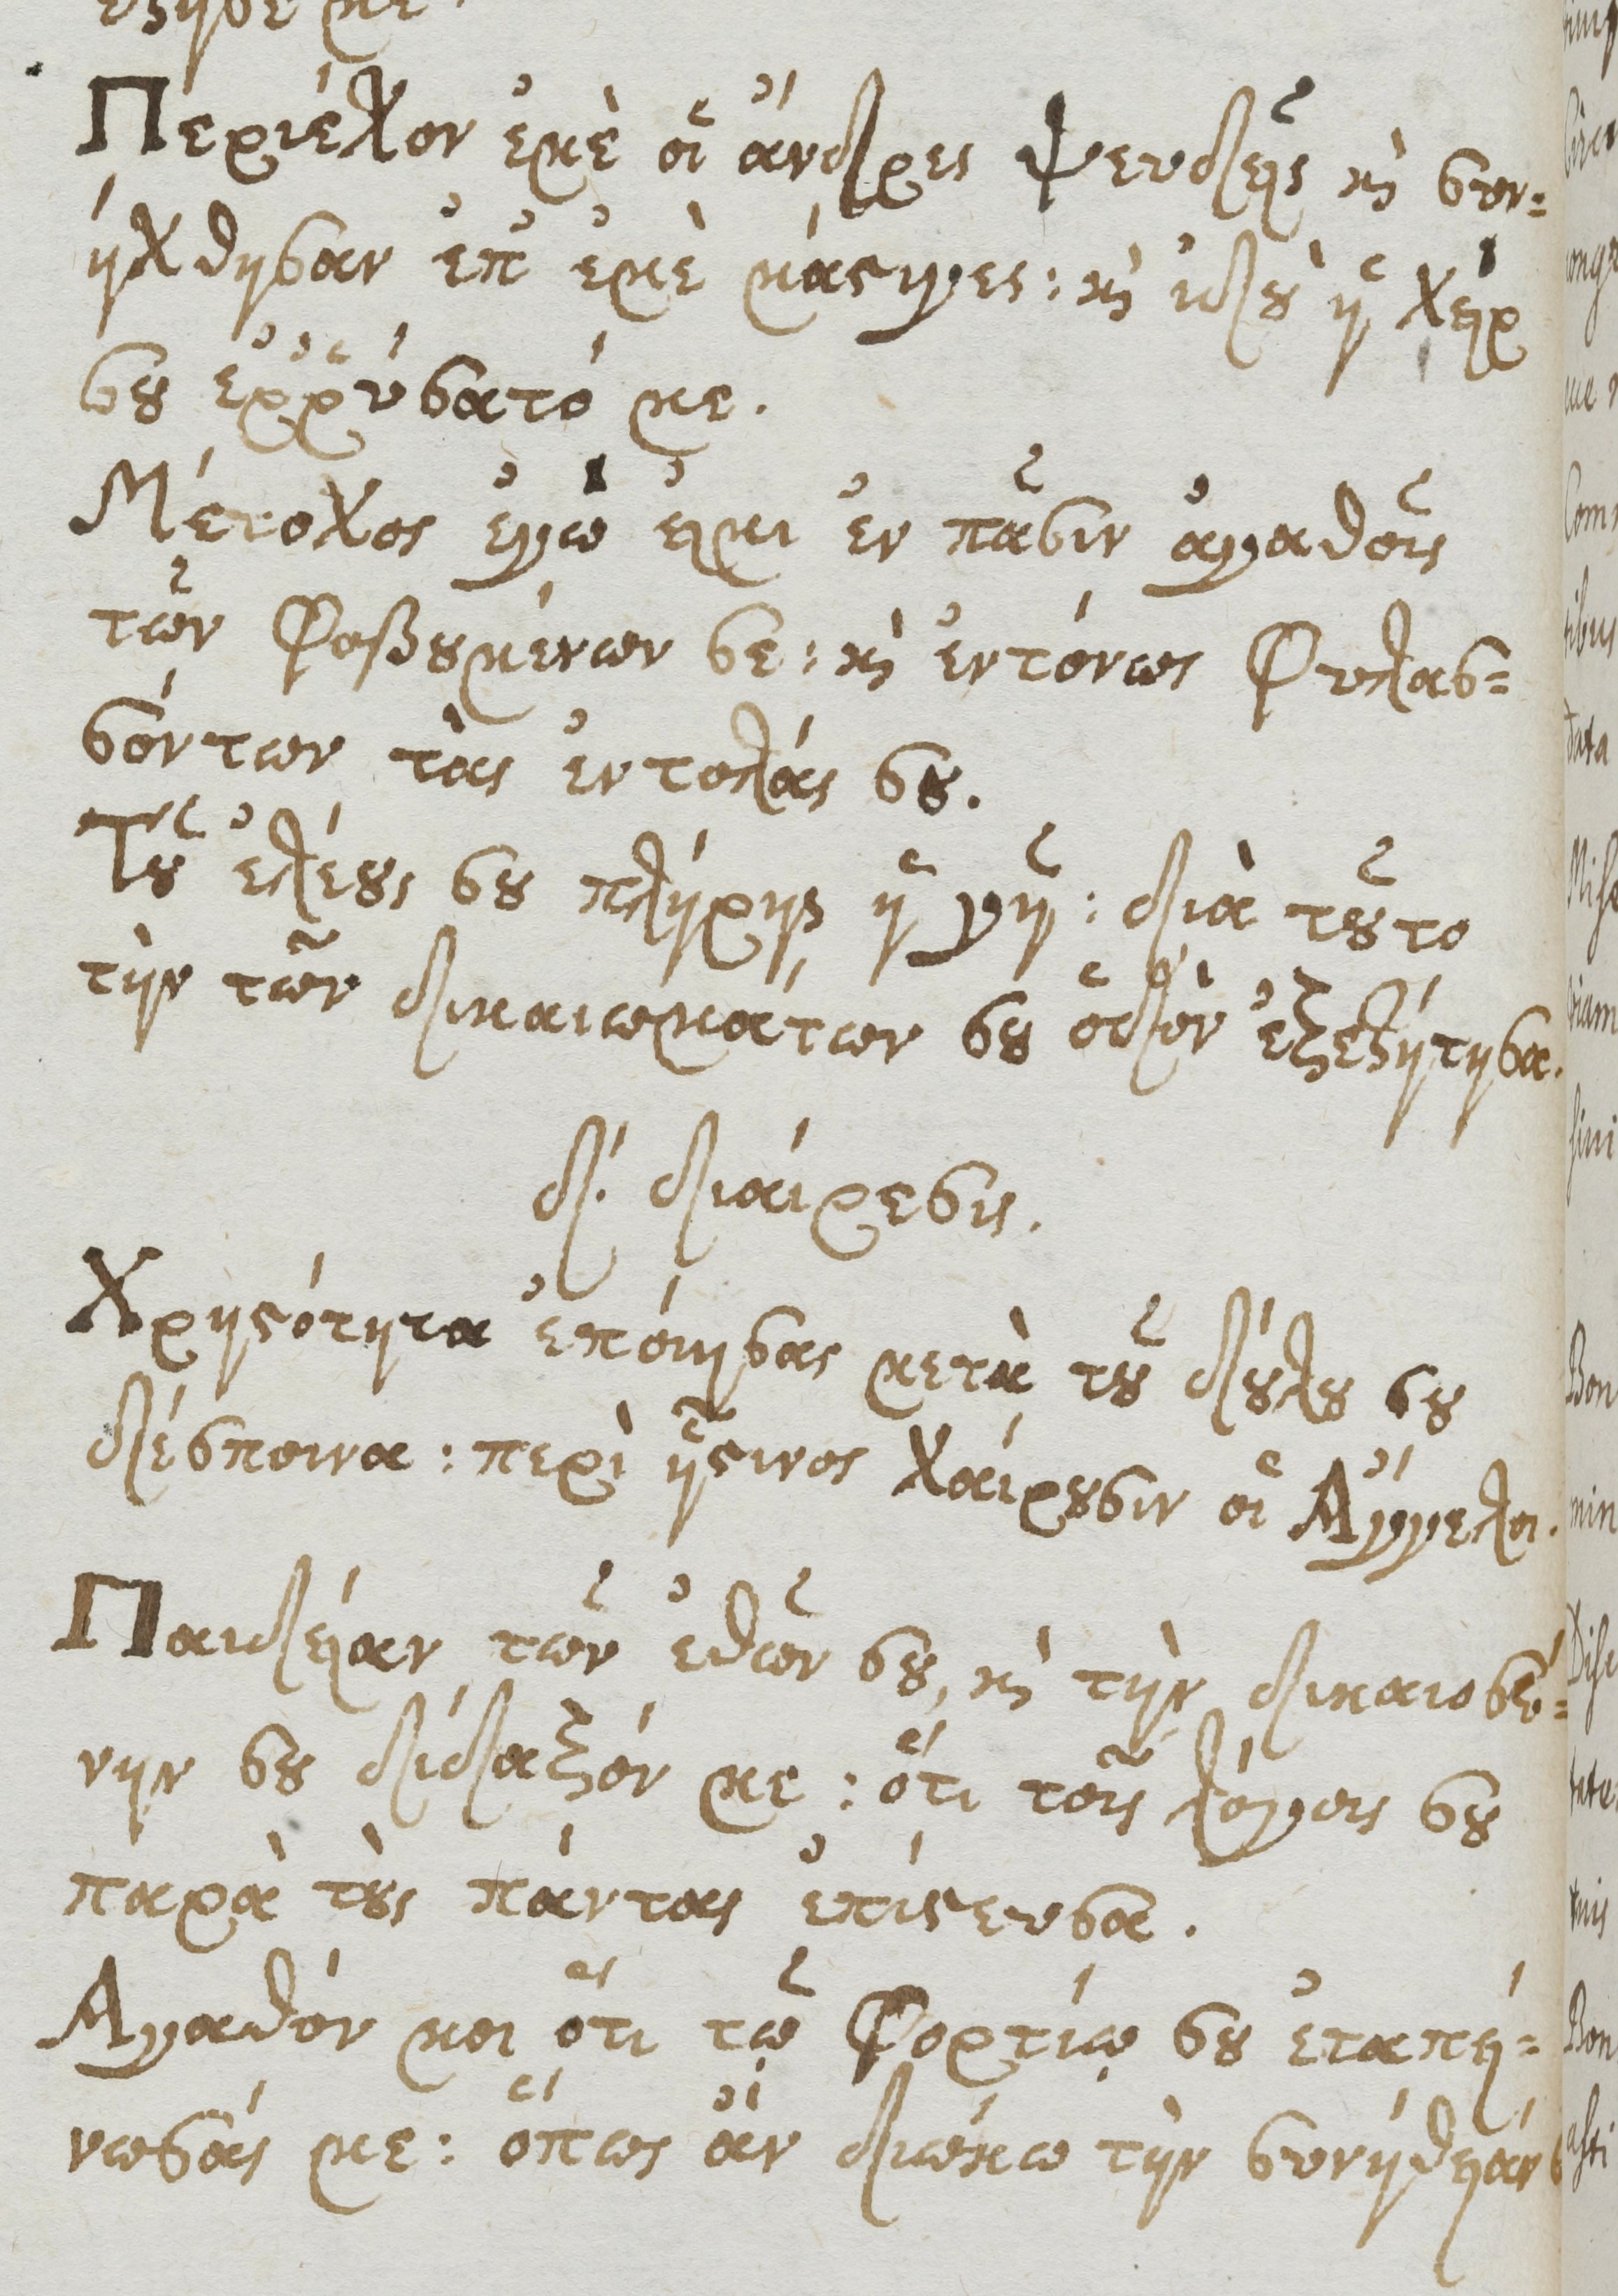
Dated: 1661–1661